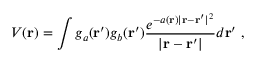
V ( \mathbf { r } ) = \int g _ { a } ( \mathbf { r } ^ { \prime } ) g _ { b } ( \mathbf { r } ^ { \prime } ) \frac { e ^ { - a ( \mathbf { r } ) | \mathbf { r } - \mathbf { r } ^ { \prime } | ^ { 2 } } } { | \mathbf { r } - \mathbf { r } ^ { \prime } | } d \mathbf { r } ^ { \prime } \ ,